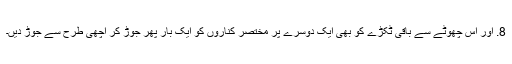
8. اور اس چھوٹے سے باقی ٹکڑے کو بھی ایک دوسرے پر مختصر کناروں کو ایک بار پھر جوڑ کر اچھی طرح سے جوڑ دیں۔